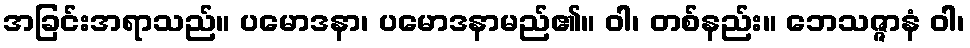
အခြင်းအရာသည်။ ပမောဒနာ၊ ပမောဒနာမည်၏။ ဝါ၊ တစ်နည်း။ ဘေသဇ္ဇာနံ ဝါ၊